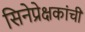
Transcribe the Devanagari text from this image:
सिनेप्रेक्षकांची